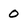
Character: 0